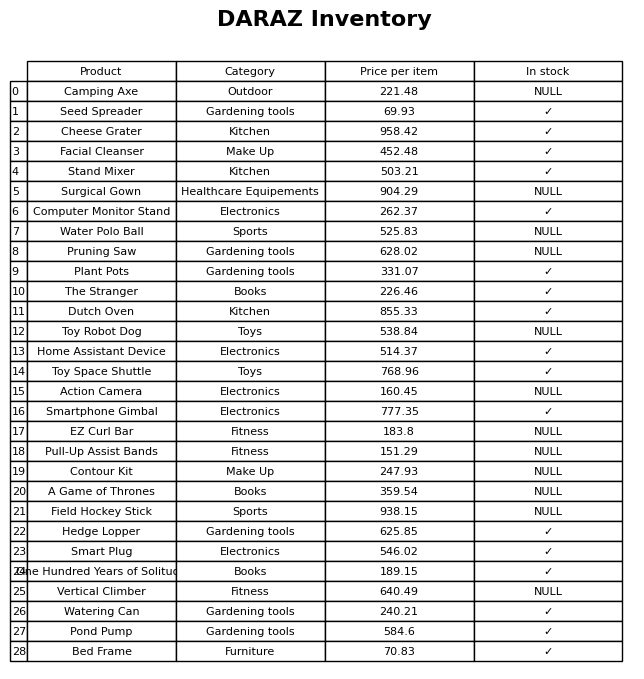
question: What is the stock status of the Dutch Oven?
answer: ✓